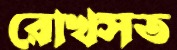
রোখসত